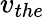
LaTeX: v_{the}